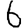
Digit: 6